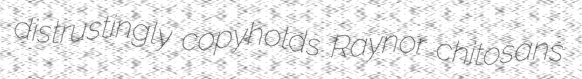
distrustingly copyholds Raynor chitosans